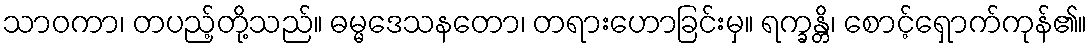
သာဝကာ၊ တပည့်တို့သည်။ ဓမ္မဒေသနတော၊ တရားဟောခြင်းမှ။ ရက္ခန္တိ၊ စောင့်ရှောက်ကုန်၏။